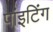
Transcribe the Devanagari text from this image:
पांइटिंग